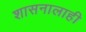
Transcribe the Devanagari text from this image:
शासनालाही